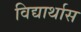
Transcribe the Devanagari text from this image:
विद्यार्थास